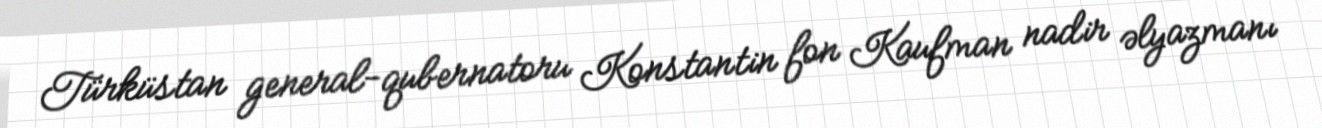
Türküstan general-qubernatoru Konstantin fon Kaufman nadir əlyazmanı